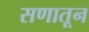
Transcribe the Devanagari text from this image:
सणातून